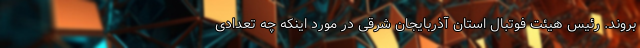
بروند. رئیس هیئت فوتبال استان آذربایجان شرقی در مورد اینکه چه تعدادی